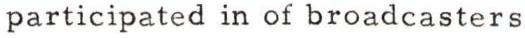
participated in of broadcasters